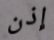
إذن